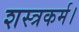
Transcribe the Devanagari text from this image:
शस्त्रकर्म।